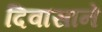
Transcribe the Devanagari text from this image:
दिवासाने